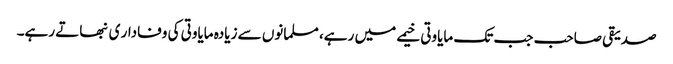
صدیقی صاحب جب تک مایاوتی خیمے میں رہے، مسلمانوں سے زیادہ مایاوتی کی وفادار ی نبھاتے رہے۔